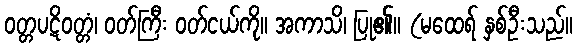
ဝတ္တပဋိဝတ္တံ၊ ဝတ်ကြီး ဝတ်ငယ်ကို။ အကာသိ၊ ပြု၏။ (မထေရ် နှစ်ဦးသည်။